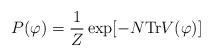
LaTeX: \begin{align*}P(\varphi) = {1\over{Z}} \exp [ - N {\rm Tr} V(\varphi)]\end{align*}